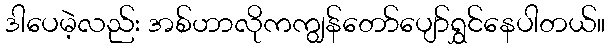
ဒါပေမဲ့လည်း အစ်ဟာလိုကကျွန်တော်ပျော်ရွှင်နေပါတယ်။